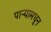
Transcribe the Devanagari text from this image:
पाऱ्यामधून